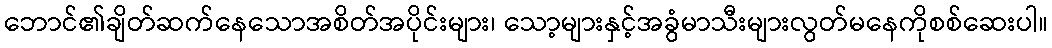
ဘောင်၏ချိတ်ဆက်နေသောအစိတ်အပိုင်းများ၊ သော့များနှင့်အခွံမာသီးများလွတ်မနေကိုစစ်ဆေးပါ။